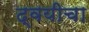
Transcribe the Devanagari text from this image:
द्वयीचा